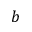
b